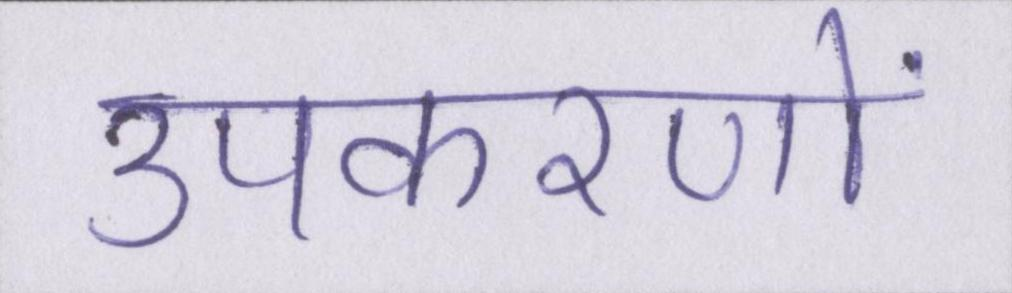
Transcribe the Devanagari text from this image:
उपकरणों